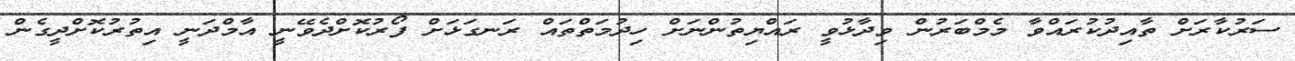
ސަރުކާރަށް ތާއިދުކުރައްވާ މެމްބަރުން ވިދާޅުވީ ރައްޔިތުންނަށް ހިދުމަތްތައް ރަނގަޅަށް ފޯރުކޮށްދެވޭނީ އާމްދަނީ އިތުރުކޮށްދީގެން